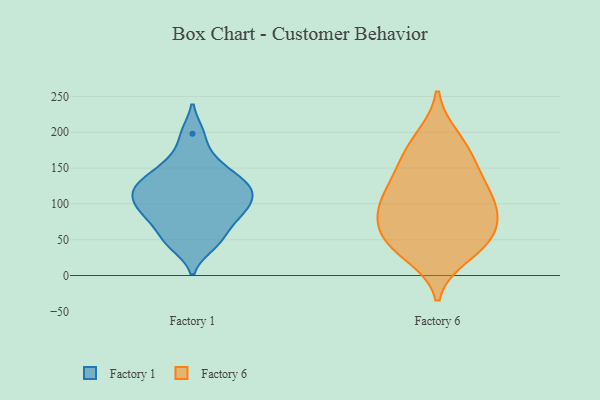
{"axis": {"x": "Website Visitors", "y": "Value"}, "legend": ["Factory 1", "Factory 6"], "data": [{"x": "", "y": 161, "type": "Factory 1"}, {"x": "", "y": 149, "type": "Factory 1"}, {"x": "", "y": 198, "type": "Factory 1"}, {"x": "", "y": 48, "type": "Factory 1"}, {"x": "", "y": 68, "type": "Factory 1"}, {"x": "", "y": 83, "type": "Factory 1"}, {"x": "", "y": 96, "type": "Factory 1"}, {"x": "", "y": 91, "type": "Factory 1"}, {"x": "", "y": 122, "type": "Factory 1"}, {"x": "", "y": 127, "type": "Factory 1"}, {"x": "", "y": 43, "type": "Factory 1"}, {"x": "", "y": 119, "type": "Factory 1"}, {"x": "", "y": 102, "type": "Factory 1"}, {"x": "", "y": 127, "type": "Factory 1"}, {"x": "", "y": 57, "type": "Factory 6"}, {"x": "", "y": 182, "type": "Factory 6"}, {"x": "", "y": 96, "type": "Factory 6"}, {"x": "", "y": 109, "type": "Factory 6"}, {"x": "", "y": 47, "type": "Factory 6"}, {"x": "", "y": 148, "type": "Factory 6"}, {"x": "", "y": 132, "type": "Factory 6"}, {"x": "", "y": 29, "type": "Factory 6"}, {"x": "", "y": 99, "type": "Factory 6"}, {"x": "", "y": 97, "type": "Factory 6"}, {"x": "", "y": 79, "type": "Factory 6"}, {"x": "", "y": 193, "type": "Factory 6"}, {"x": "", "y": 155, "type": "Factory 6"}, {"x": "", "y": 55, "type": "Factory 6"}, {"x": "", "y": 41, "type": "Factory 6"}]}